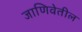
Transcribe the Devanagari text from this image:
जाणिवेतील